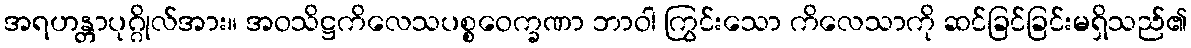
အရဟန္တာပုဂ္ဂိုလ်အား။ အဝသိဋ္ဌကိလေသပစ္စဝေက္ခဏာ ဘာဝါ ကြွင်းသော ကိလေသာကို ဆင်ခြင်ခြင်းမရှိသည်၏